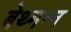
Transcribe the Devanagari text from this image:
बेथ्मन्न